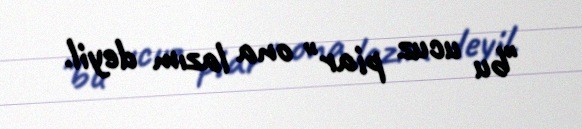
"bu ucuz piar" ona lazım deyil.